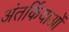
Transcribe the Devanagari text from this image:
अंतर्कियाओं